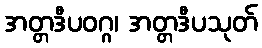
အတ္တဒီပဝဂ္ဂ၊ အတ္တဒီပသုတ်